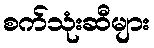
စက်သုံးဆီများ